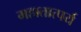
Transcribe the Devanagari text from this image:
महातात्पर्य